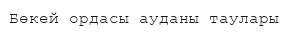
Бөкей ордасы ауданы таулары